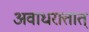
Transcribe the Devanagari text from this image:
अवाधरात्तात्